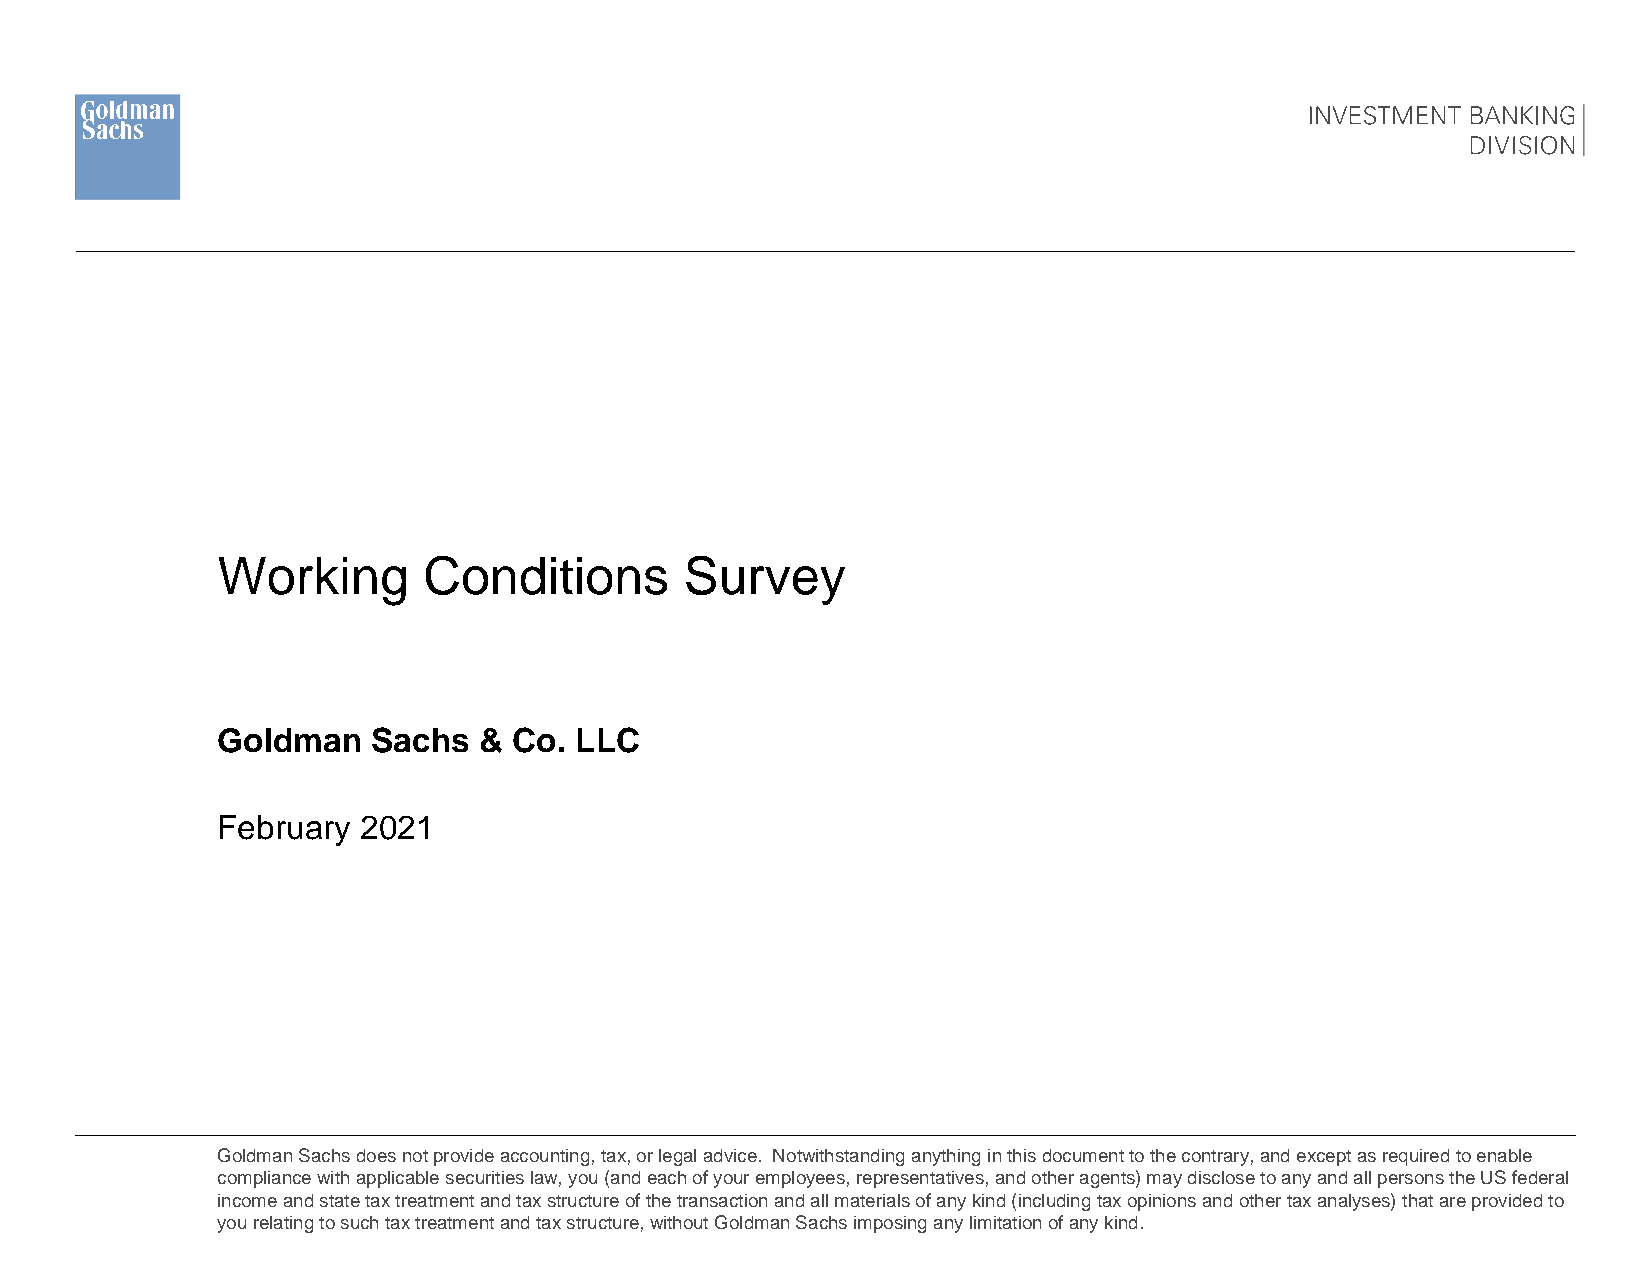
Working       Conditions       Survey
 Goldman    Sachs  & Co. LLC
 February  2021
 Goldman Sachs does not provide accounting, tax, or legal advice. Notwithstanding anything in this document to the contrary, andexcept as required to enable
 compliance with applicable securities law, you (and each of your employees, representatives, and other agents) may disclose to any and all persons the US federal
 income and state tax treatment and tax structure of the transaction and all materials of any kind (including tax opinions andother tax analyses) that are provided to
 you relating to such tax treatment and tax structure, without Goldman Sachs imposing any limitation of any kind.